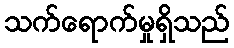
သက်ရောက်မှုရှိသည်